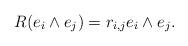
LaTeX: \begin{align*} R(e_i\wedge e_j)=r_{i,j}e_i\wedge e_j.\end{align*}